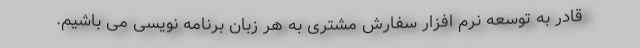
قادر به توسعه نرم افزار سفارش مشتری به هر زبان برنامه نویسی می باشیم.